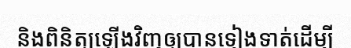
និងពិនិត្យឡើងវិញឲ្យបានទៀងទាត់ដើម្បី